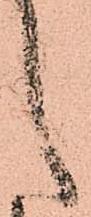
之